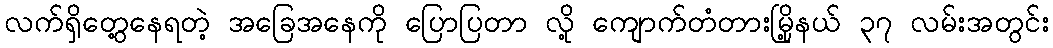
လက်ရှိတွေ့နေရတဲ့ အခြေအနေကို ပြောပြတာ လို့ ကျောက်တံတားမြို့နယ် ၃၇ လမ်းအတွင်း